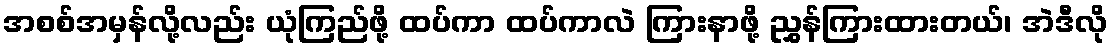
အစစ်အမှန်လို့လည်း ယုံကြည်ဖို့ ထပ်ကာ ထပ်ကာလဲ ကြားနာဖို့ ညွှန်ကြားထားတယ်၊ အဲဒီလို